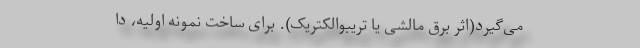
می‌گیرد(اثر برق مالشی یا تریبوالکتریک). برای ساخت نمونه اولیه، دا